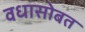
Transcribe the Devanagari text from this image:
वधासोबत